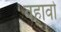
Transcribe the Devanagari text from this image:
बहावो